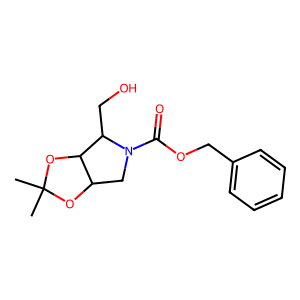
SMILES: CC1(C)OC2CN(C(=O)OCc3ccccc3)C(CO)C2O1
Inhibits HIV replication: No